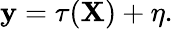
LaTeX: \mathbf{y}=\tau(\mathbf{X})+\eta.